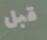
قبل